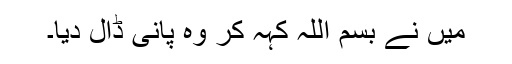
میں نے بسم اللہ کہہ کر وہ پانی ڈال دیا۔